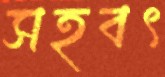
সহবৎ